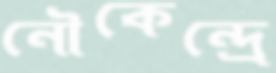
নৌকেন্দ্রে